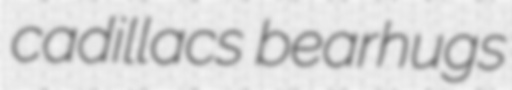
cadillacs bearhugs